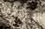
وجلبت